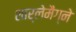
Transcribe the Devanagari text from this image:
शार्लेमैग्ने